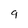
Character: 9